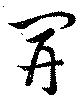
開